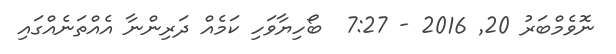
ނޮވެމްބަރު 20